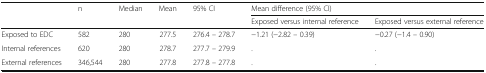
| <ROWSPAN=2>  | <ROWSPAN=2> n | <ROWSPAN=2> Median | <ROWSPAN=2> Mean | <ROWSPAN=2> 95% CI | <COLSPAN=2> Mean difference (95% CI) |
 | Exposed versus internal reference | Exposed versus external reference |
 | --- | --- | --- | --- | --- | --- | --- |
 | Exposed to EDC | 582 | 280 | 277.5 | 276.4 – 278.7 | −1.21 (−2.82 – 0.39) | −0.27 (−1.4 – 0.90) |
 | Internal references | 620 | 280 | 278.7 | 277.7 – 279.9 | . | . |
 | External references | 346,544 | 280 | 277.8 | 277.8 – 277.8 | . | . |